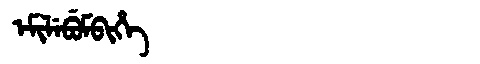
Manchu: ᡝᠮᡳᠯᡝᠪᡠᠮᠪᡳᡥᡝ
Romanization: EMILEBUMBIHE